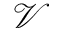
\mathcal V